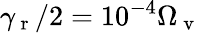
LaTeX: \gamma_{\mathrm{~r~}}/2=10^{-4}\Omega_{\mathrm{~v~}}